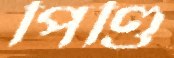
পিণ্ডি